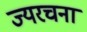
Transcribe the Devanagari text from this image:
ज्यरचना